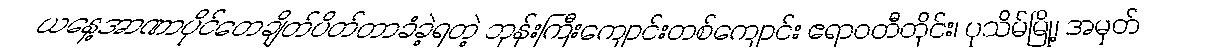
ယနေ့အာဏာပိုင်တေချိတ်ပိတ်တာခံခဲ့ရတဲ့ ဘုန်းကြီးကျောင်းတစ်ကျောင်း ဧရာဝတီတိုင်း၊ ပုသိမ်မြို့၊ အမှတ်